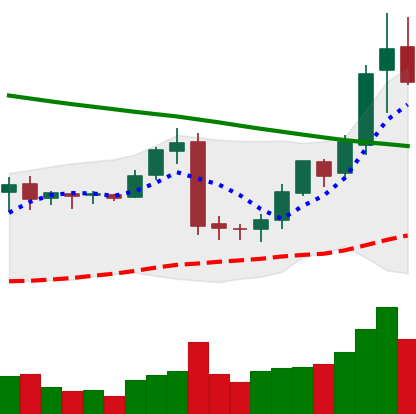
Ticker: BNB-USD
Chart end date: 2019-02-07
Forward return: 20.846%
Label: up_7plus